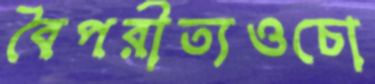
বৈপরীত্যওচো